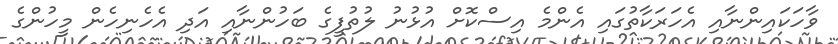
ވާހަކައިންނާއި އެހަރަކާތުގައި އެންމެ އިސްކޮށް އުޅުނު ލުތުފީގެ ބަހުންނާއި އަދި އެހެނިހެން މީހުންގެ